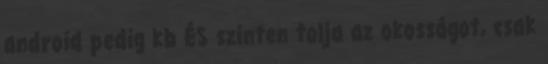
android pedig kb ÉS szinten tolja az okosságot, csak